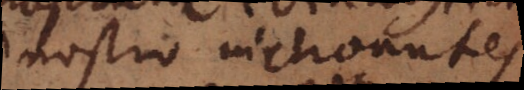
nostro inchoantes